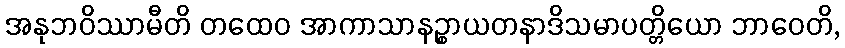
အနုဘဝိဿာမီတိ တထေဝ အာကာသာနဉ္စာယတနာဒိသမာပတ္တိယော ဘာဝေတိ,